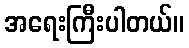
အရေးကြီးပါတယ်။